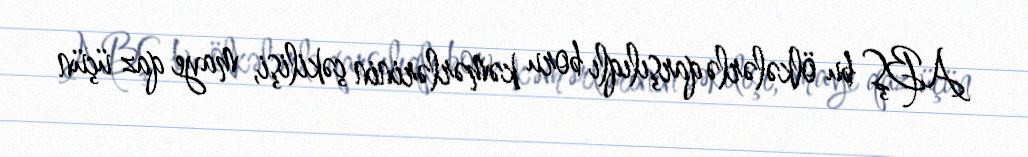
ABŞ bu ölkələrlə qarşılıqlı boru kəmərlərinin çəkilişi, maye qaz üçün